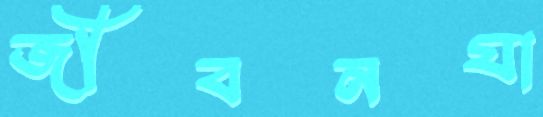
জীবনযা